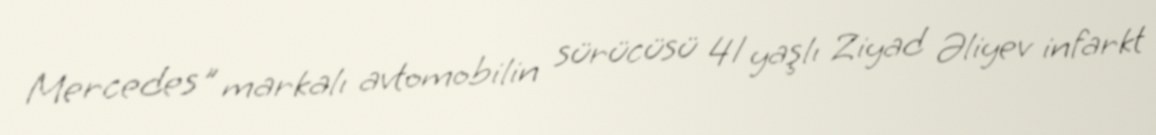
Mercedes" markalı avtomobilin sürücüsü 41 yaşlı Ziyad Əliyev infarkt